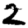
Digit: 2